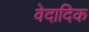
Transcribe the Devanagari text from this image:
वेदादिक